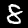
Digit: 8